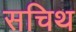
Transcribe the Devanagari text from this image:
सचिथ